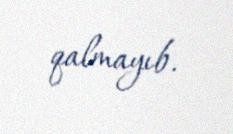
qalmayıb.